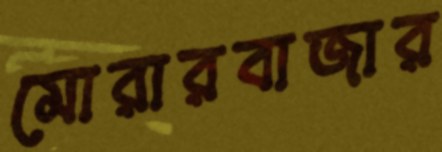
মোরারবাজার